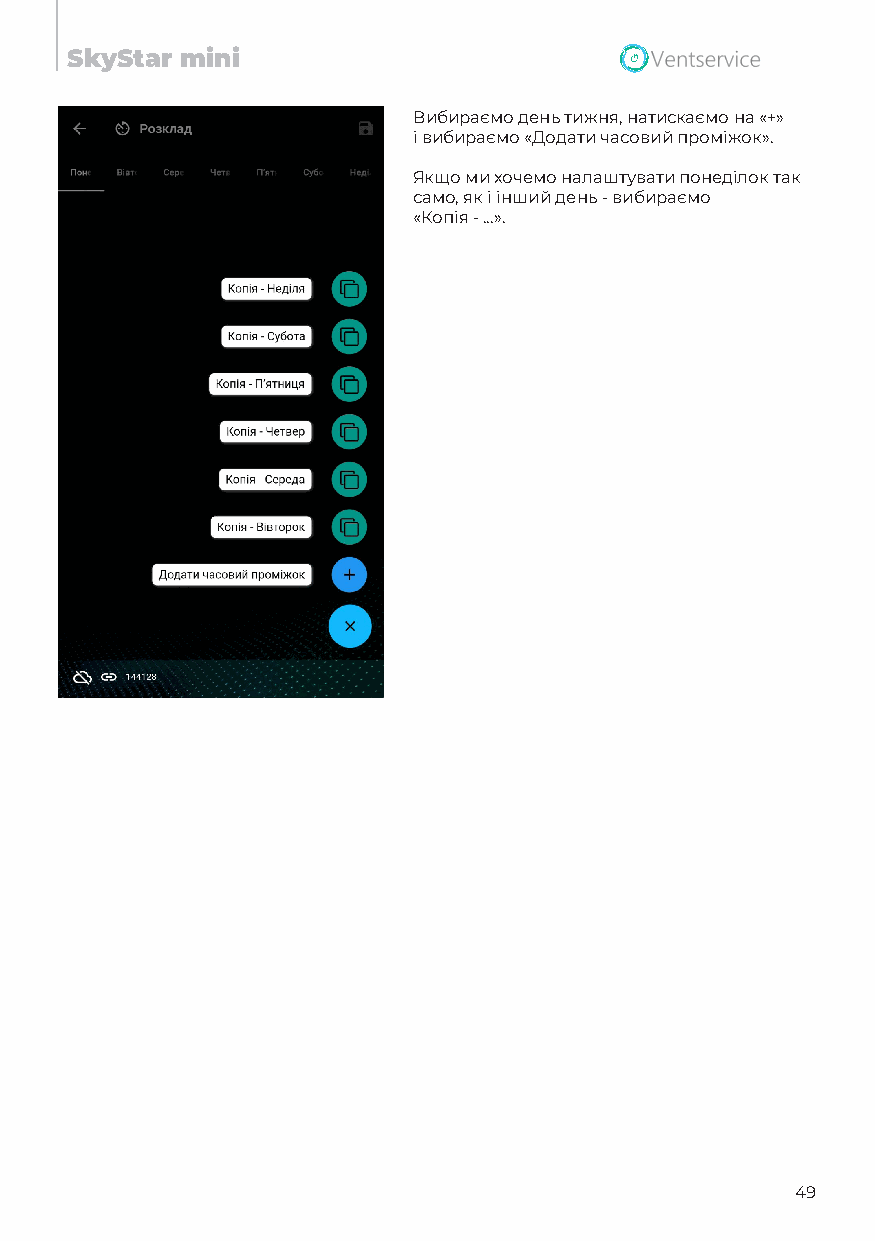
SkyStar mini
 Вибираємо день тижня, натискаємо на «+»
 і вибираємо «Додати часовий проміжок».
 Якщо ми хочемо налаштувати понеділок так
 само, як і інший день - вибираємо
 «Копія - ...».
 49